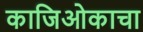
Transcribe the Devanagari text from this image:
काजिओकाचा